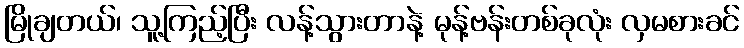
မြိုချတယ်၊ သူ့ကြည့်ပြီး လန့်သွားတာနဲ့ မုန့်ဗန်းတစ်ခုလုံး လှမစားခင်